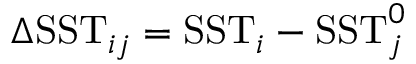
\Delta \mathrm { S S T } _ { i j } = \mathrm { S S T } _ { i } - \mathrm { S S T } _ { j } ^ { 0 }